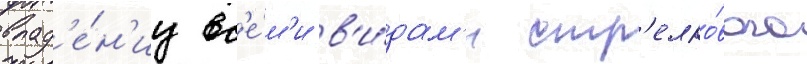
влад'е́н'иу вс'е́м'и в'и́дам'и стр'елко́вого